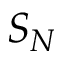
S _ { N }